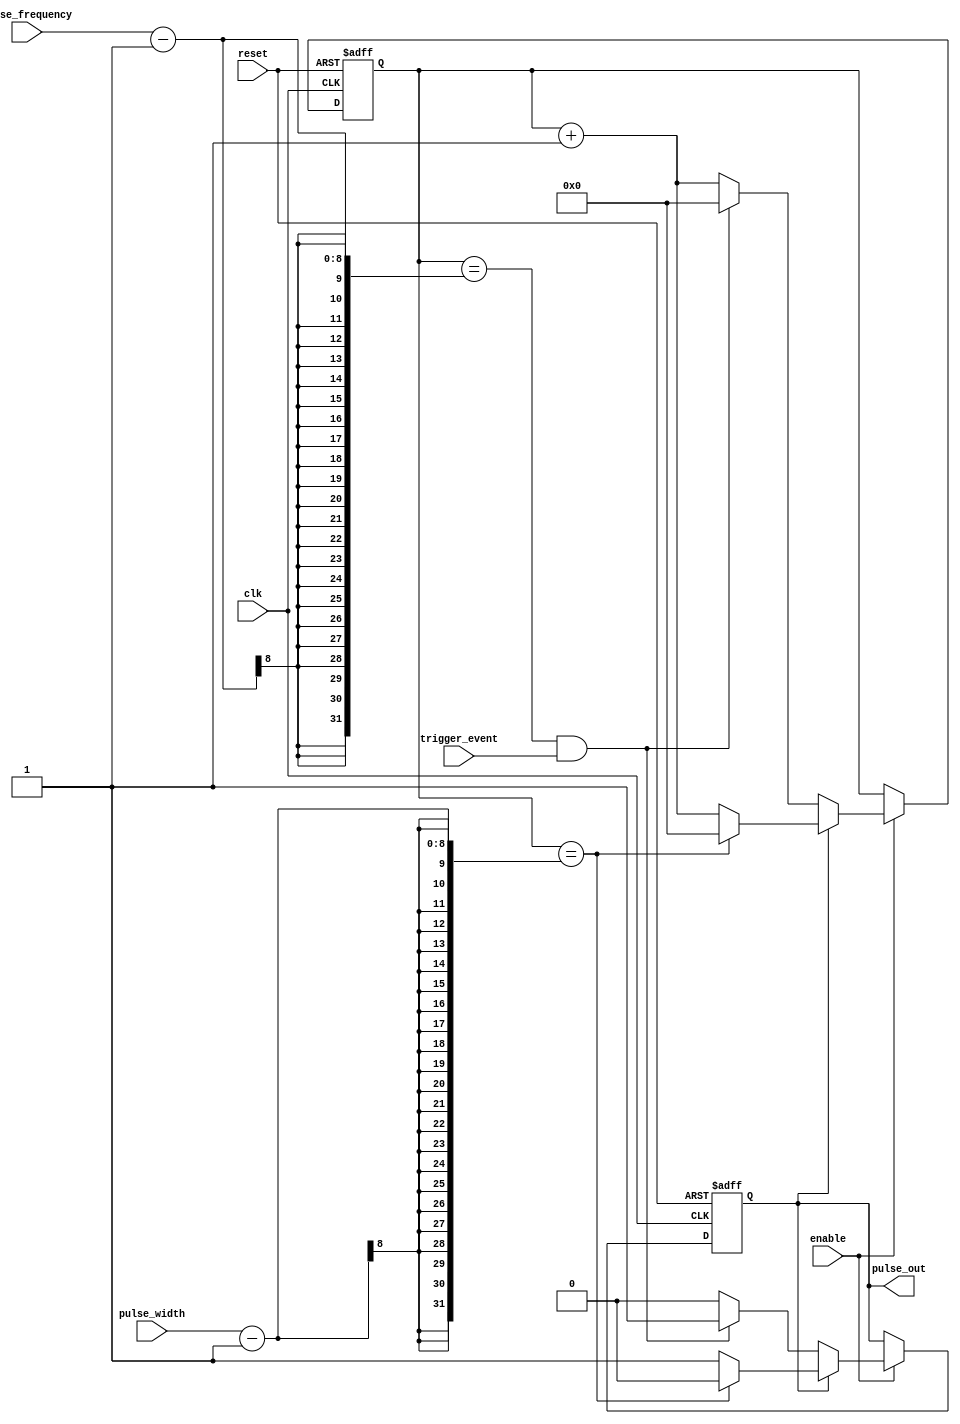
module ProgrammablePulseGenerator(

  input wire clk,
  input wire reset,
  input wire enable,
  input wire [7:0] pulse_width,
  input wire [7:0] pulse_frequency,
  input wire trigger_event,

  output reg pulse_out

);

reg [7:0] counter;

always @(posedge clk or posedge reset) begin
  if (reset) begin
    counter <= 8'd0; //reset counter
    pulse_out <= 1'b0; //reset pulse output
  end else begin
    if (enable) begin
      if (pulse_out) begin
        if (counter == pulse_width - 1) begin
          pulse_out <= 1'b0; //pulse width reached, reset pulse output
          counter <= 8'd0; //reset counter
        end else begin
          counter <= counter + 1; //increment counter
        end
      end else begin
        if (counter == pulse_frequency - 1 && trigger_event) begin
          pulse_out <= 1'b1; //generate pulse output
          counter <= 8'd0; //reset counter
        end else begin
          counter <= counter + 1; //increment counter
        end
      end
    end
  end
end

endmodule